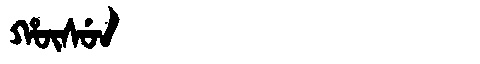
Manchu: ᡥᡡᠰᡠᠨ
Romanization: HŪSUN